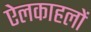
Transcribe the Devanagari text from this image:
ऐलकाहलों